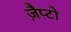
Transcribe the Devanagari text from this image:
ज़ैप्टो